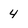
Character: 4